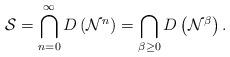
LaTeX: \begin{align*}\mathcal{S}=\bigcap_{n=0}^{\infty}D\left( \mathcal{N}^{n}\right)=\bigcap_{\beta\geq0}D\left( \mathcal{N}^{\beta}\right) . \end{align*}